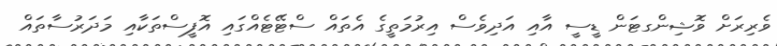
ވެރިރަށް ވޮޝިންގޓަން ޑީސީ އާއި އަދިވެސް އިރުމަތީގެ އެތައް ސްޓޭޓެއްގައި އޮފީސްތަކާއި މަދަރުސާތައް